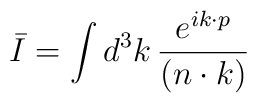
\bar{I} = \int d^{3}k\, {e^{ik\cdot p}\over (n\cdot k)}